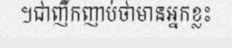
។ជាញឹកញាប់ថាមានអ្នកខ្លះ